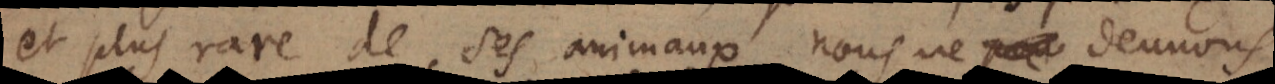
et plus rare de ses animaux, nous ne deuvons